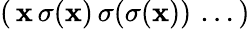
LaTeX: (\, \mathbf{x}\, \sigma(\mathbf{x})\, \sigma(\sigma(\mathbf{x}))\, \ldots\, )